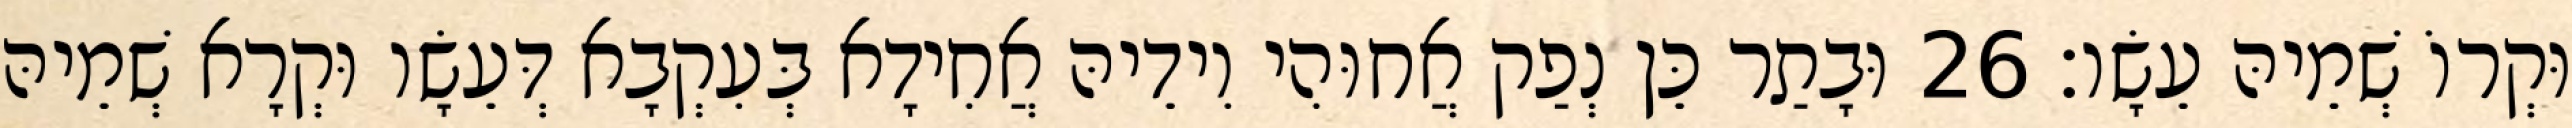
וּקְרוֹ שְׁמֵיהּ עֵשָׂו׃ 26 וּבָתַר כֵּן נְפַק אֲחוּהִי וִידֵיהּ אֲחִידָא בְּעִקְבָא דְּעֵשָׂו וּקְרָא שְׁמֵיהּ